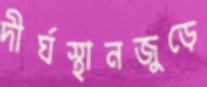
দীর্ঘস্থানজুড়ে